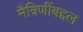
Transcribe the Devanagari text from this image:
मैत्रिणींबद्दल